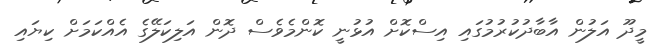
މީދޫ އަލުން އާބާދުކުރުމުގައި އިސްކޮށް އުޅުނީ ކޮންމެވެސް ދޮން އަލިކަލޭގެ އެއްކަމަށް ކިޔައި